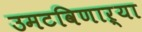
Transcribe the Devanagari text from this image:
उमटविणाऱ्या